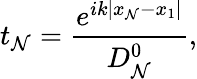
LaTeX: t_{\mathcal{N}}=\frac{{e^{ik|x_{\mathcal{N}}-x_{1}|}}}{{D_{\mathcal{N}}^{0}}},